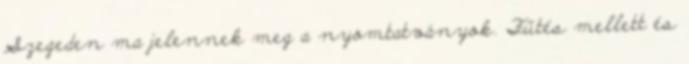
Szegeden ma jelennek meg a nyomtatványok. Fűtés mellett és